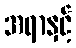
အရာနှင့်